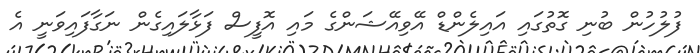
ފުލުހުން ބުނި ގޮތުގައި އައިލެންޑް އޭވިއޭޝަންގެ މައި އޮފީސް ފަޅާލައިގެން ނަގާފައިވަނީ އެ